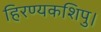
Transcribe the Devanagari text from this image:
हिरण्यकशिपु।